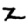
Digit: 2